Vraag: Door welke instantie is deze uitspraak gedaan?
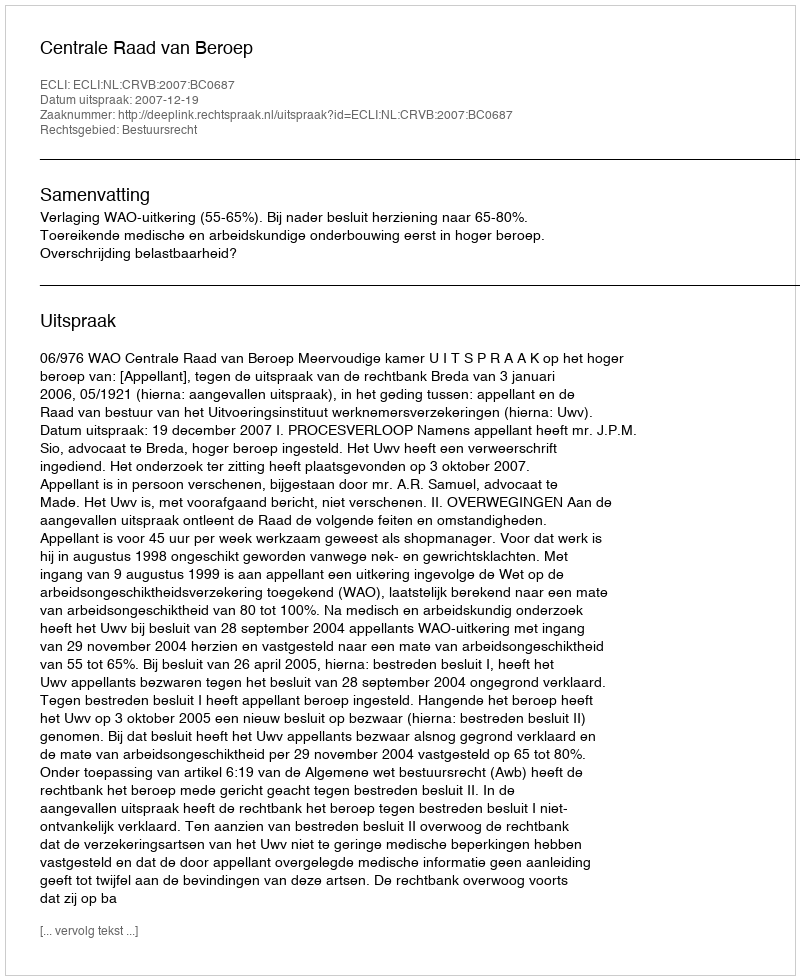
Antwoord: Centrale Raad van Beroep